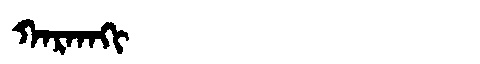
Manchu: ᡴᠠᡵᡴᠠᡴᡳ
Romanization: KARKAKI